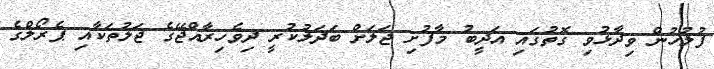
ފުލުހުން ވިދާޅުވި ގޮތުގައި އަދީބު މާފުށި ޖަލަށް ބަދަލުކުރީ ދިވެހިރާއްޖޭގެ ޖަލުތަކާއި ޕެރޯލްގެ